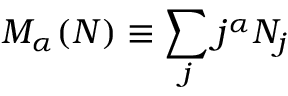
M _ { \alpha } ( N ) \equiv \sum _ { j } j ^ { \alpha } N _ { j }